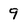
Character: 9